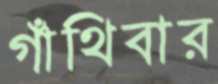
গাঁথিবার